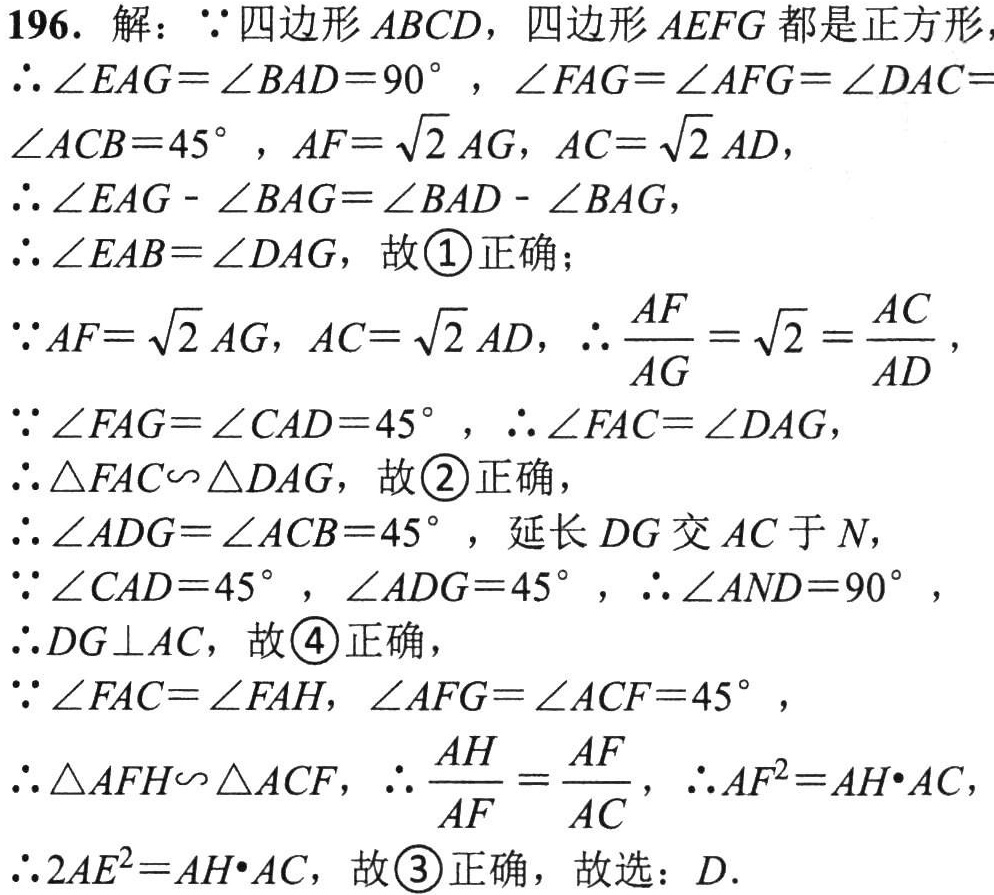
196. 解：$\because$四边形$ABCD$，四边形$AEFG$都是正方形，

$\therefore \angle EAG = \angle BAD = 90^{\circ}$，$\angle FAG=\angle AFG = \angle DAC = \angle ACB = 45^{\circ}$，$AF = \sqrt{2}AG$，$AC = \sqrt{2}AD$，

$\therefore \angle EAG - \angle BAG = \angle BAD - \angle BAG$，

$\therefore \angle EAB = \angle DAG$，故\textcircled{1}正确；

$\because AF = \sqrt{2}AG$，$AC = \sqrt{2}AD$，$\therefore \frac{AF}{AG}=\sqrt{2}=\frac{AC}{AD}$，

$\because \angle FAG = \angle CAD = 45^{\circ}$，$\therefore \angle FAC = \angle DAG$，

$\therefore \triangle FAC\sim\triangle DAG$，故\textcircled{2}正确，

$\therefore \angle ADG = \angle ACB = 45^{\circ}$，延长$DG$交$AC$于$N$，

$\because \angle CAD = 45^{\circ}$，$\angle ADG = 45^{\circ}$，$\therefore \angle AND = 90^{\circ}$，

$\therefore DG\perp AC$，故\textcircled{4}正确，

$\because \angle FAC = \angle FAH$，$\angle AFG = \angle ACF = 45^{\circ}$，

$\therefore \triangle AFH\sim\triangle ACF$，$\therefore \frac{AH}{AF}=\frac{AF}{AC}$，$\therefore AF^{2}=AH\cdot AC$，

$\therefore 2AE^{2}=AH\cdot AC$，故\textcircled{3}正确，故选：$D$.